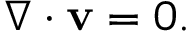
\nabla \cdot \mathbf { v } = 0 .